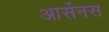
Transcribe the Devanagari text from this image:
आर्सेनस